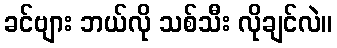
ခင်ဗျား ဘယ်လို သစ်သီး လိုချင်လဲ။